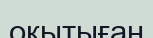
оқытыған